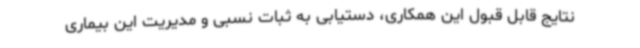
نتایج قابل قبول این همکاری، دستیابی به ثبات نسبی و مدیریت این بیماری